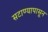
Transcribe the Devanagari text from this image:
सटाण्यापासून